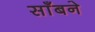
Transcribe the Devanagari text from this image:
साँबने